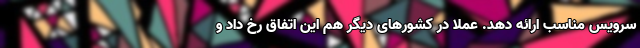
سرویس مناسب ارائه دهد. عملا در کشورهای دیگر هم این اتفاق رخ داد و